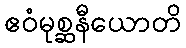
ဧဝံမုစ္ဆနီယောတိ